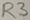
Text: R3